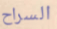
السراح